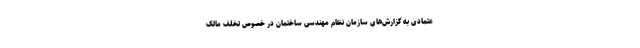
عتمادی به گزارش‌های سازمان نظام مهندسی ساختمان در خصوص تخلف مالک